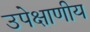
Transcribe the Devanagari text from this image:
उपेक्षाणीय